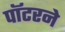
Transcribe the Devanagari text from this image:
पॉटरने